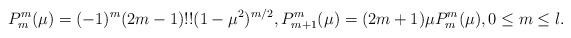
LaTeX: \begin{align*}P_m^m(\mu)=(-1)^m(2m-1)!!(1-\mu^2)^{m/2},P_{m+1}^m(\mu)=(2m+1)\mu P_m^m(\mu),0\le m\le l.\end{align*}